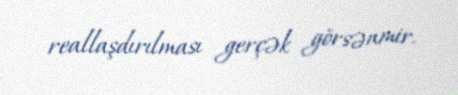
reallaşdırılması gerçək görsənmir.